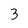
Character: 3